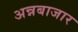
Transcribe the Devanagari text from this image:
अन्नबाजार